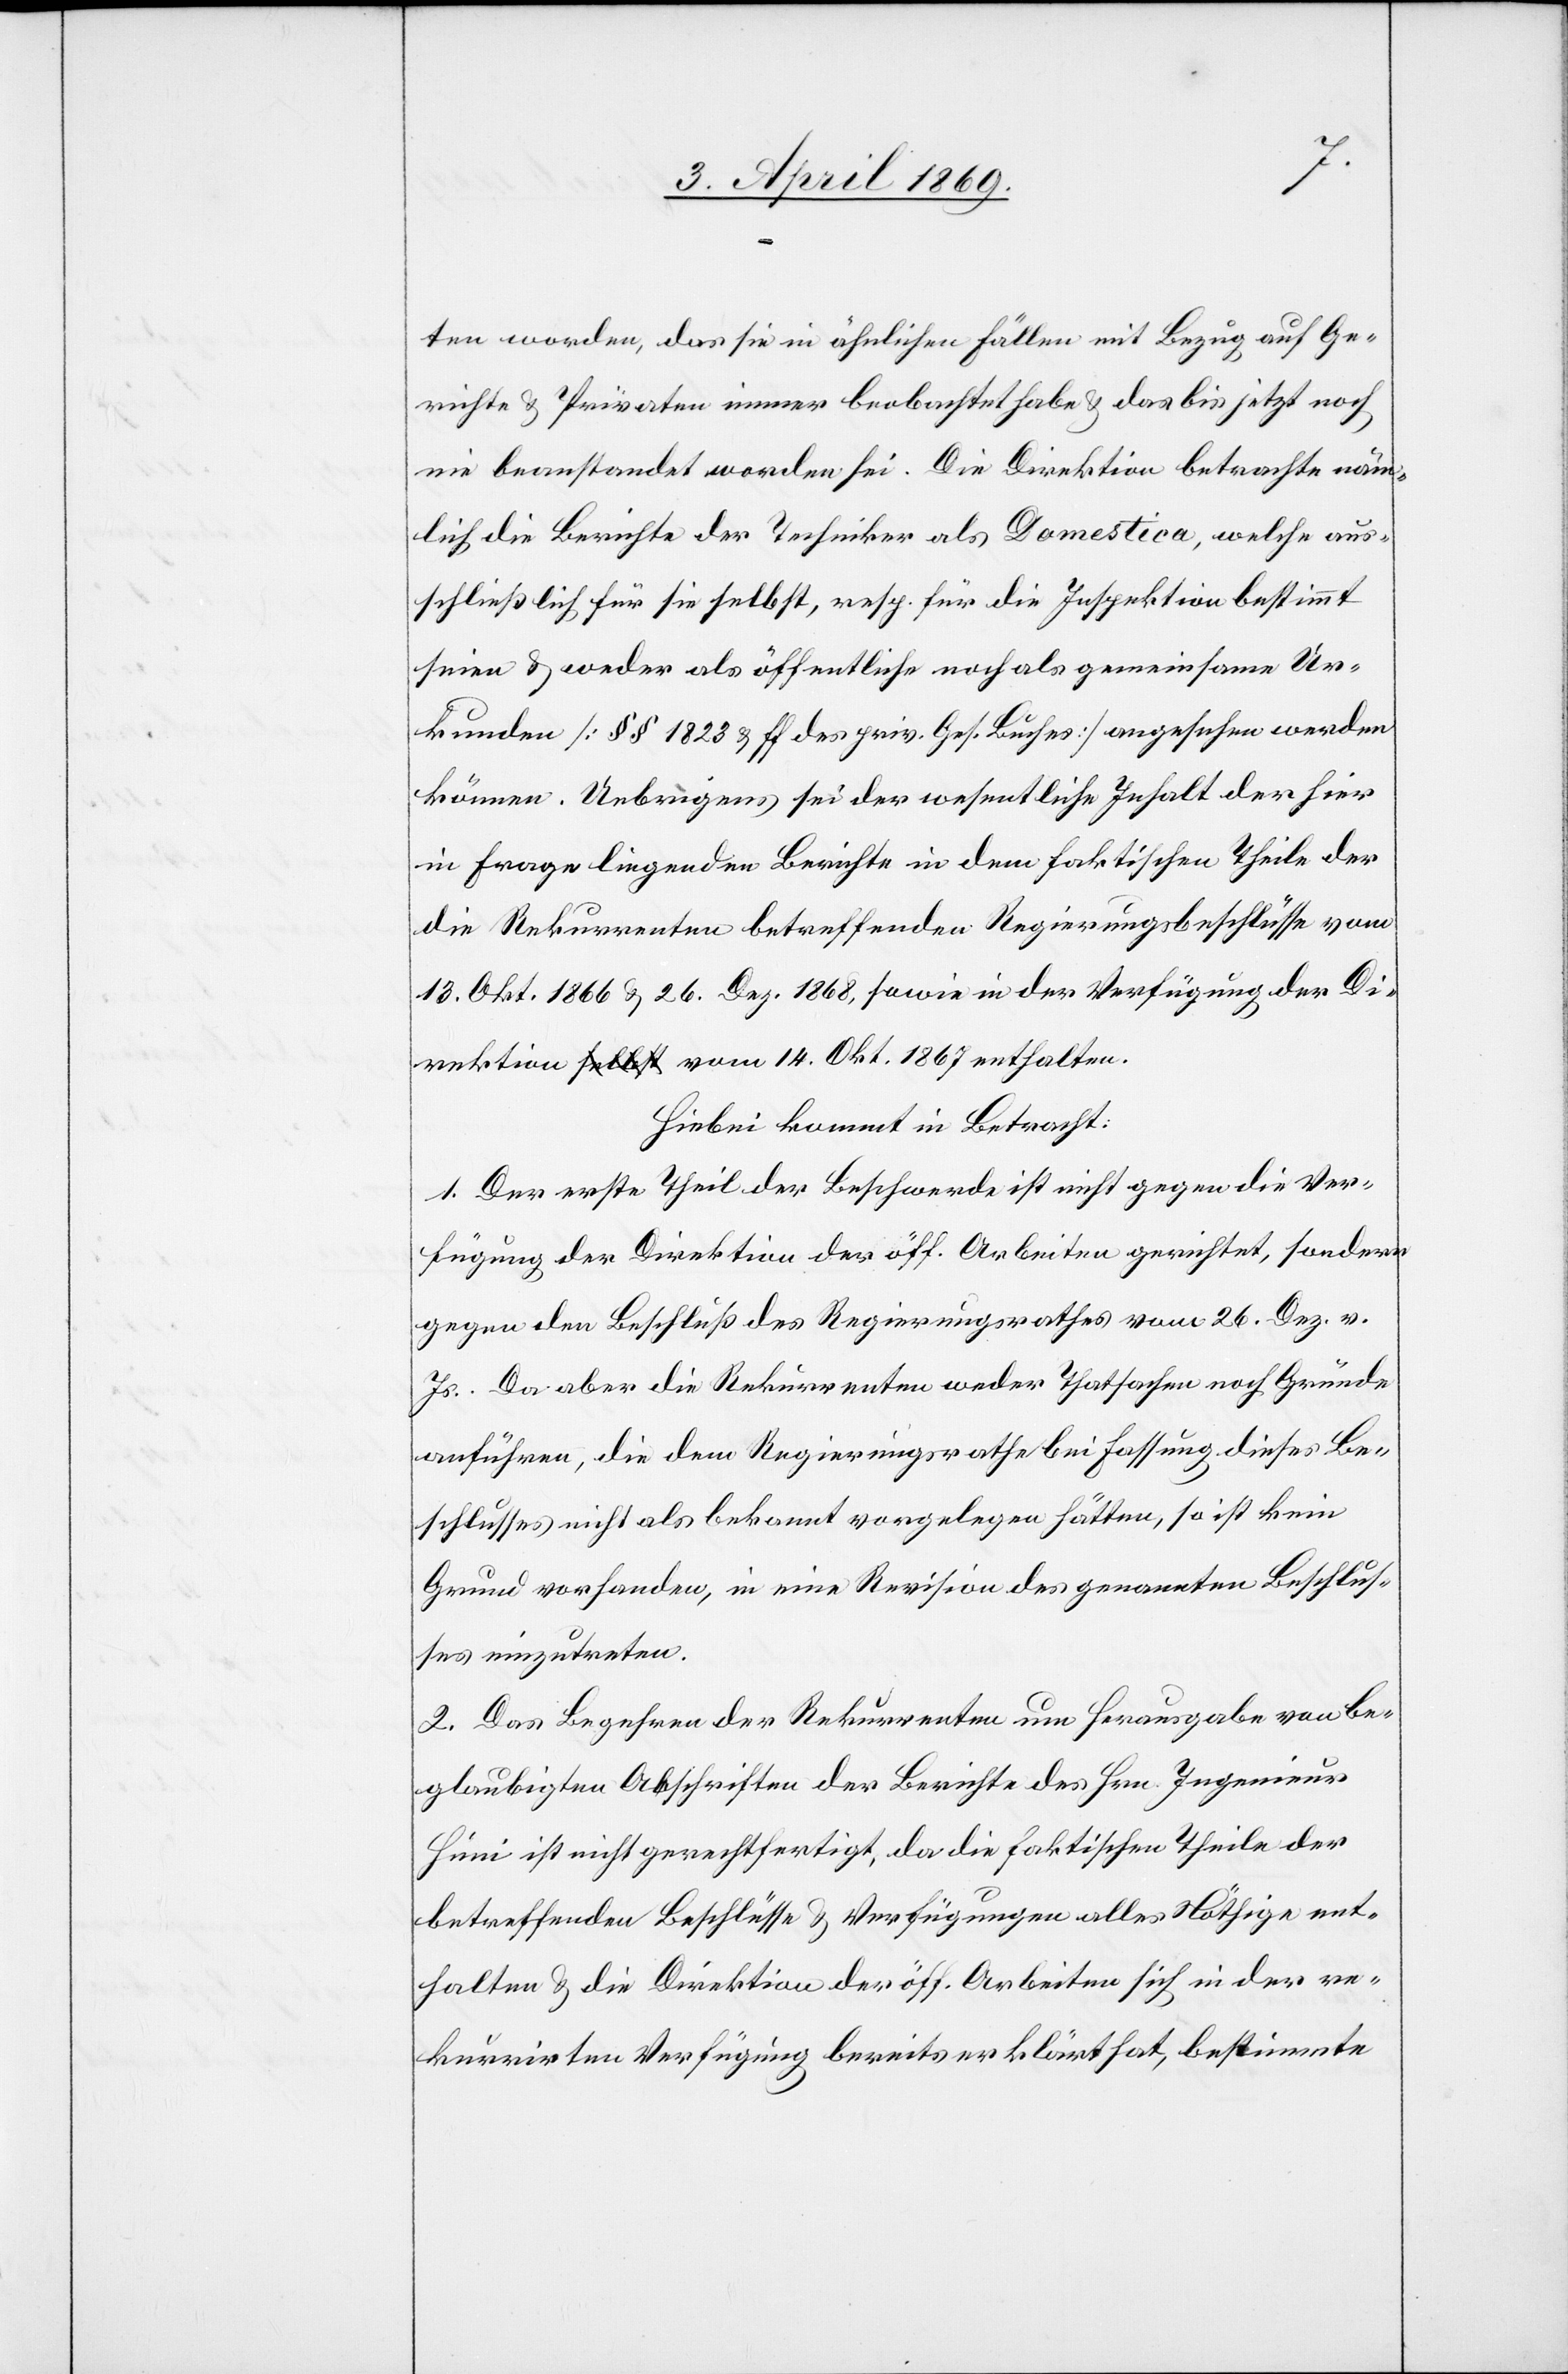
ten worden, das sie in ähnlichen Fällen mit Bezug auf Ge¬
richte & Privaten immer beobachtet habe & das bis jetzt noch
nie beanstandet worden sei. Die Direktion betrachte näm¬
lich die Berichte der Techniker als Domestica, welche aus¬
schließlich für sie selbst, resp. für die Inspektion bestimmt
seien & weder als öffentliche noch als gemeinsame Ur¬
kunden [§§ 1823 & ff. des priv. Ges. Buches] angesehen werden
können. Uebrigens sei der wesentliche Inhalt der hier
in Frage liegenden Berichte in dem faktischen Theile der
die Rekurrenten betreffenden Regierungsbeschlüsse vom
13. Okt. 1866 & 26. Dez. 1868, sowie in der Verfügung der Di¬
rektion vom 14 Okt. 1867 enthalten.
Hiebei kommt in Betracht:
1. Der erste Theil der Beschwerde ist nicht gegen die Ver¬
fügung der Direktion der öff. Arbeiten gerichtet, sondern
gegen den Beschluß des Regierungsrathes vom 26. Dez. v.
Js. Da aber die Rekurrenten weder Thatsachen noch Gründe
anführen, die dem Regierungsrathe bei Fassung dieses Be¬
schlusses nicht als bekannt vorgelegen hätten, so ist kein
Grund vorhanden, in eine Revision des genannten Beschlus¬
ses einzutreten.
2. Das Begehren der Rekurrenten um Herausgabe von be¬
glaubigten Abschriften der Berichte des Hrn. Ingenieur
Hüni ist nicht gerechtfertigt, da die faktischen Theile der
betreffenden Beschlüsse & Verfügungen alles Nöthige ent¬
halten & die Direktion der öff. Arbeiten sich in der re¬
kurrirten Verfügung bereits erklärt hat, bestimmte